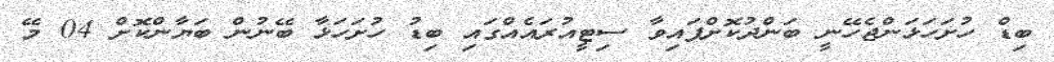
ބިޑް ހުށަހަޅަންޖެހޭނީ ބަންދުކޮށްފައިވާ ސިޓީއުރައެއްގައި ބިޑު ހުށަހަޅާ ބޭނުން ބަޔާންކޮށް 04 މޭ